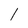
Character: l